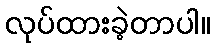
လုပ်ထားခဲ့တာပါ။